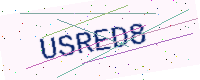
Text: USRED8